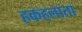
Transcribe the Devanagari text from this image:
हकहलाता